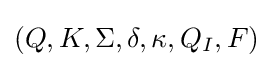
(Q,K,\Sigma ,\delta ,\kappa ,Q_{I},F)